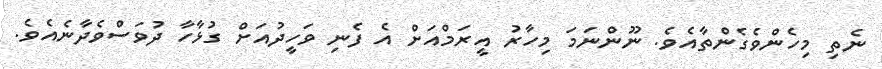
ނެތި މިހެންވެގެންތާއެވެ. ނޫންނަމަ މިހާރު އީރަމްއަށް އެ ފެނި ވަހީދުއަށް ގުޅާހާ ދުވަސްވެދާނެއެވެ.